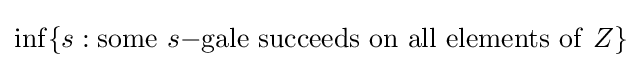
\inf\{s:\mathrm {some} \ s\mathrm {-gale\ succeeds\ on\ all\ elements\ of\ } Z\}